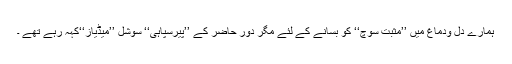
ہمارے دل ودماغ میں ’’مثبت سوچ‘‘ کو بسانے کے لئے مگر دورِ حاضر کے ’’پیرسپاہی‘‘ سوشل ’’میڈیاز‘‘کہہ رہے تھے ۔